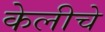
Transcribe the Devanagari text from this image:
केलीचे